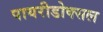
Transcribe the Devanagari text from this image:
पायरीडोक्सल